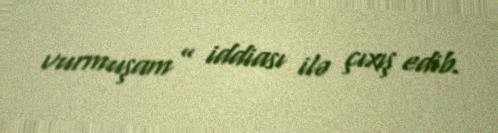
vurmuşam” iddiası ilə çıxış edib.